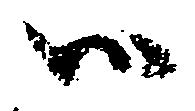
御